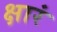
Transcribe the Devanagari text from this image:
क्षारं